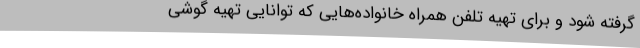
گرفته شود و برای تهیه تلفن همراه خانواده‌هایی که توانایی تهیه گوشی